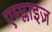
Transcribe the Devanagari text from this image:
एम्प्लाइज़